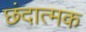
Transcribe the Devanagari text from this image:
छंदात्मक